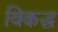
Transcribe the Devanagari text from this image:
विकद्ध